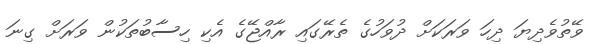
ވޭތުވެދިޔަ ދިހަ ވަރަކަށް ދުވަހުގެ ތެރޭގައި ރާއްޖޭގެ އެކި ހިސާބުތަކުން ވަރަށް ގިނަ